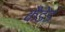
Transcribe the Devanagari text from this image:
कैडेड